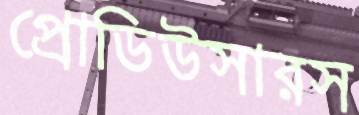
প্রোডিউসারস